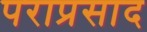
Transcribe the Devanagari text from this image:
पराप्रसाद